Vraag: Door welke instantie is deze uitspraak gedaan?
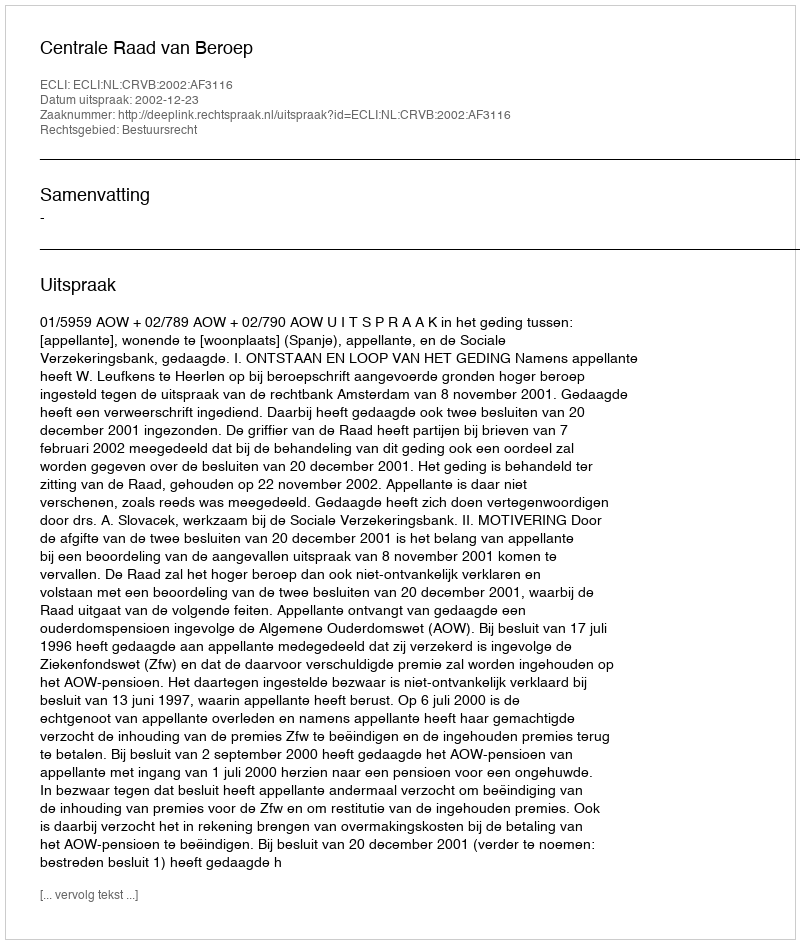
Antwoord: Centrale Raad van Beroep